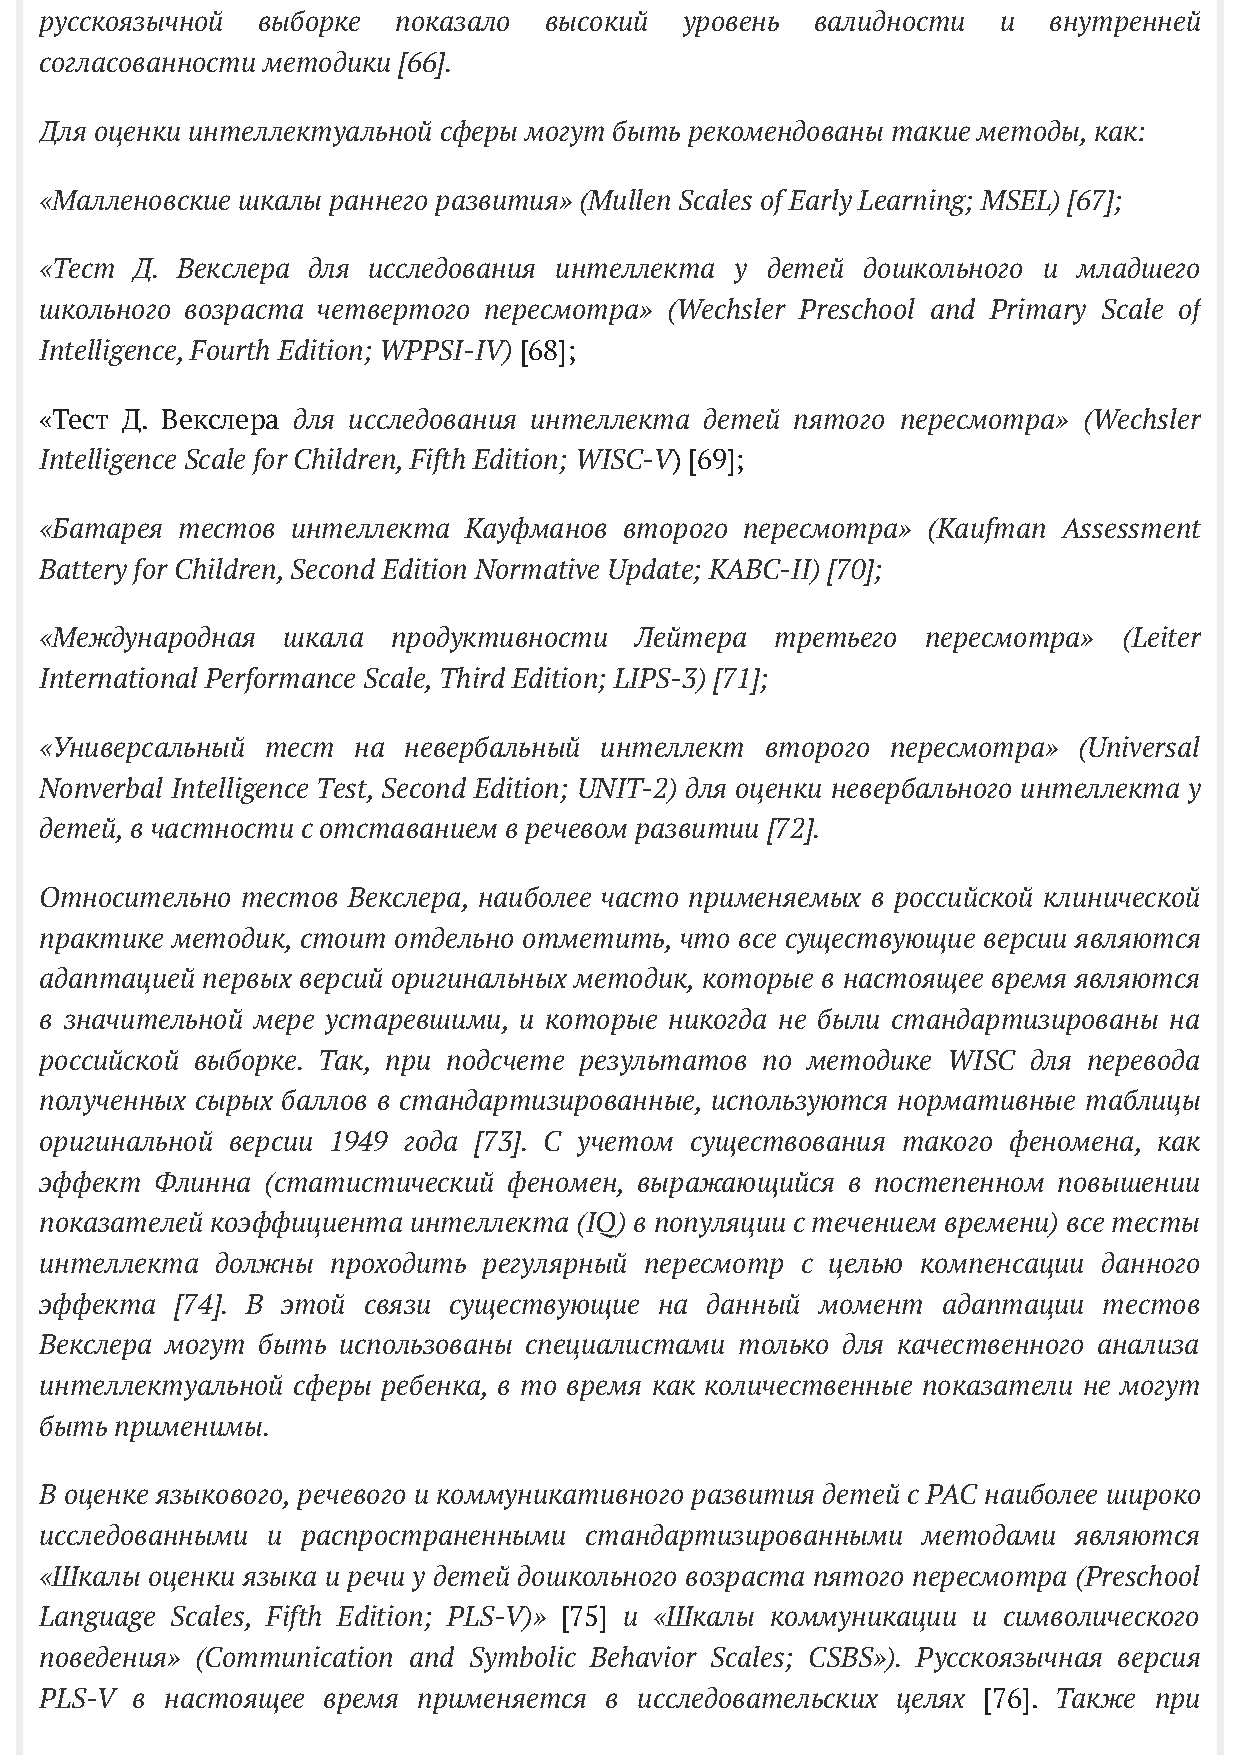
русскоязычной выборке  показало  высокий  уровень  валидности  и  внутренней
 согласованности методики [66].
 Для оценки интеллектуальной сферы могут быть рекомендованы такие методы, как:
 «Малленовские шкалы раннего развития» (Mullen Scales of Early Learning; MSEL) [67];
 «Тест Д. Векслера для исследования интеллекта у детей дошкольного и младшего
 школьного возраста четвертого пересмотра» (Wechsler Preschool and Primary Scale of
 Intelligence, Fourth Edition; WPPSI-IV) [68];
 «Тест Д. Векслера для исследования интеллекта детей пятого пересмотра» (Wechsler
 Intelligence Scale for Children, Fifth Edition; WISC-V) [69];
 «Батарея тестов интеллекта  Кауфманов второго пересмотра» (Kaufman Assessment
 Battery for Children, Second Edition Normative Update; KABC-II) [70];
 «Международная  шкала  продуктивности  Лейтера  третьего  пересмотра»  (Leiter
 International Performance Scale, Third Edition; LIPS-3) [71];
 «Универсальный тест на  невербальный интеллект  второго пересмотра» (Universal
 Nonverbal Intelligence Test, Second Edition; UNIT-2) для оценки невербального интеллекта у
 детей, в частности с отставанием в речевом развитии [72].
 Относительно тестов Векслера, наиболее часто применяемых в российской клинической
 практике методик, стоит отдельно отметить, что все существующие версии являются
 адаптацией первых версий оригинальных методик, которые в настоящее время являются
 в значительной мере устаревшими, и которые никогда не были стандартизированы на
 российской выборке. Так, при подсчете результатов по методике WISC для перевода
 полученных сырых баллов в стандартизированные, используются нормативные таблицы
 оригинальной версии 1949 года [73]. С учетом существования такого феномена, как
 эффект Флинна (статистический  феномен, выражающийся в постепенном повышении
 показателей коэффициента интеллекта (IQ) в популяции с течением времени) все тесты
 интеллекта должны  проходить регулярный пересмотр c целью компенсации данного
 эффекта  [74]. В этой связи существующие на данный момент  адаптации  тестов
 Векслера могут быть использованы специалистами только для качественного анализа
 интеллектуальной сферы ребенка, в то время как количественные показатели не могут
 быть применимы.
 В оценке языкового, речевого и коммуникативного развития детей с РАС наиболее широко
 исследованными и распространенными  стандартизированными  методами  являются
 «Шкалы оценки языка и речи у детей дошкольного возраста пятого пересмотра (Preschool
 Language Scales, Fifth Edition; PLS-V)» [75] и «Шкалы коммуникации и символического
 поведения» (Communication and Symbolic Behavior Scales; CSBS»). Русскоязычная версия
 PLS-V в настоящее время  применяется в исследовательских целях [76]. Также при